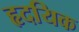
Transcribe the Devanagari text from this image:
हृदयिक